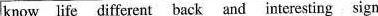
know life different back and interesting sign